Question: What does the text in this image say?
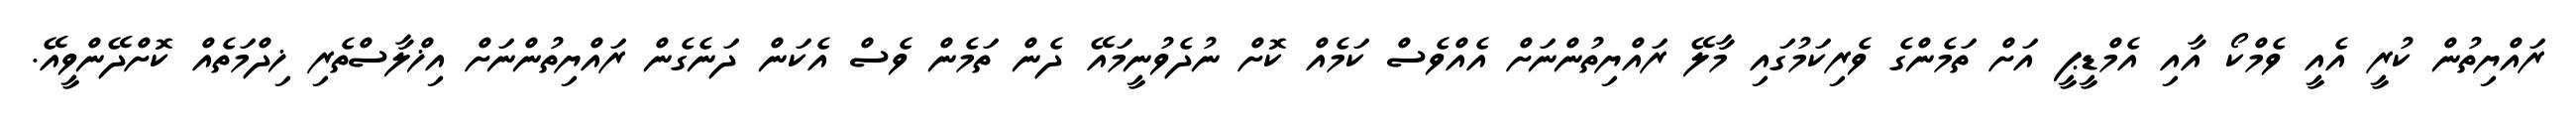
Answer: ރައްޔިތުން ކުރީ އެއީ ވެމްކޯ އާއި އެމްޑީޕީ އަށް ތަމެންގެ ވެރިކަމުގައި މާލޭ ރައްޔިތުންނަށް އެއްވެސް ކަމެއް ކޮށް ނުދެވުނީމައޭ ދެން ތަމެން ވެސް އެކަން ދަނެގެން ރައްޔިތުންނަށް އިޚްލާސްތެރި ޚިދްމަތެއް ކޮށްދޭންވީއޭ.